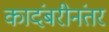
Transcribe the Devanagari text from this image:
कादंबरीनंतर